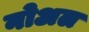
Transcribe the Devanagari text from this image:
नोअल